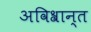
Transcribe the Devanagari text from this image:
अविश्रान्त